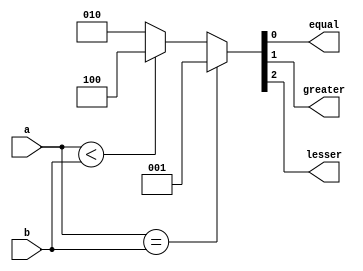
`timescale 1ns / 1ps

module Comparator_Nbit(a,b,equal,greater,lesser);
parameter N=5;
input [N-1:0]a,b;
output equal,greater,lesser;
reg [2:0] out;

always @ (a or b) begin 
if( a==b )  begin  out=3'b001;  end   // a=b -- 001
else if(a<b) begin out=3'b100;  end  // a<b -- 100
else begin  out=3'b010; end          // a>b -- 010
end 

assign {lesser,greater,equal}= out;
endmodule